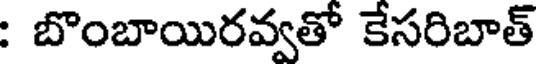
: బొంబాయిరవ్వతో కేసరిబాత్